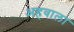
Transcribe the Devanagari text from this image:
अहवाला